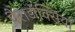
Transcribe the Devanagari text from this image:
पैराडॉक्सिया